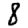
Digit: 8